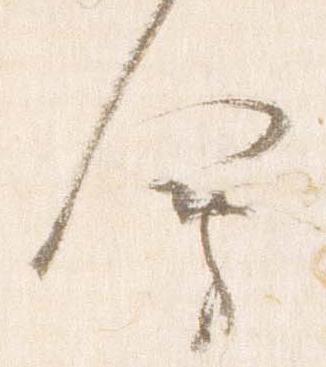
会